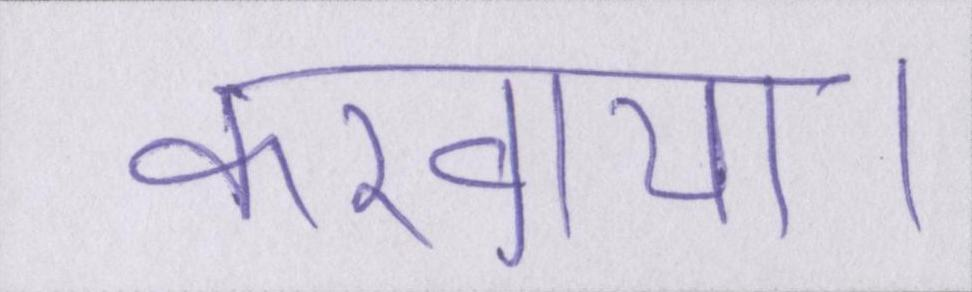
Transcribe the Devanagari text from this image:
करवाया।